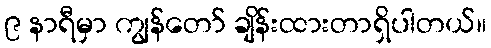
၉ နာရီမှာ ကျွန်တော် ချိန်းထားတာရှိပါတယ်။